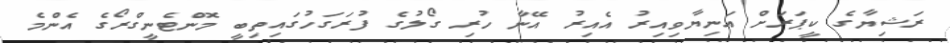
ރަޝިޔާގެ ކީޕަރަށް އަނިޔާވިއިރު އެއިރު އޭނާ ހުރި ގޯލުގެ ފުރަގަހުގައިތިބީ މޮންޓެނީގްރޯގެ އެންމެ